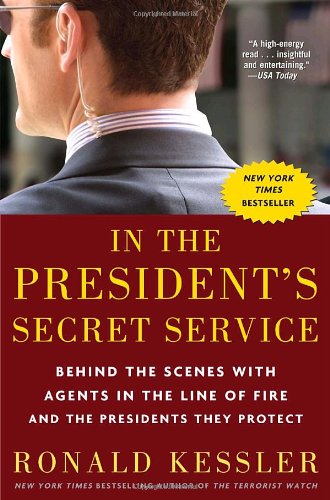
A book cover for In the President's Secret Service: Behind the Scenes with Agents in the Line of Fire and the Presidents They Protect; Ronald Kessler; Politics & Social Sciences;